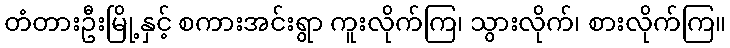
တံတားဦးမြို့နှင့် စကားအင်းရွာ ကူးလိုက်ကြ၊ သွားလိုက်၊ စားလိုက်ကြ။